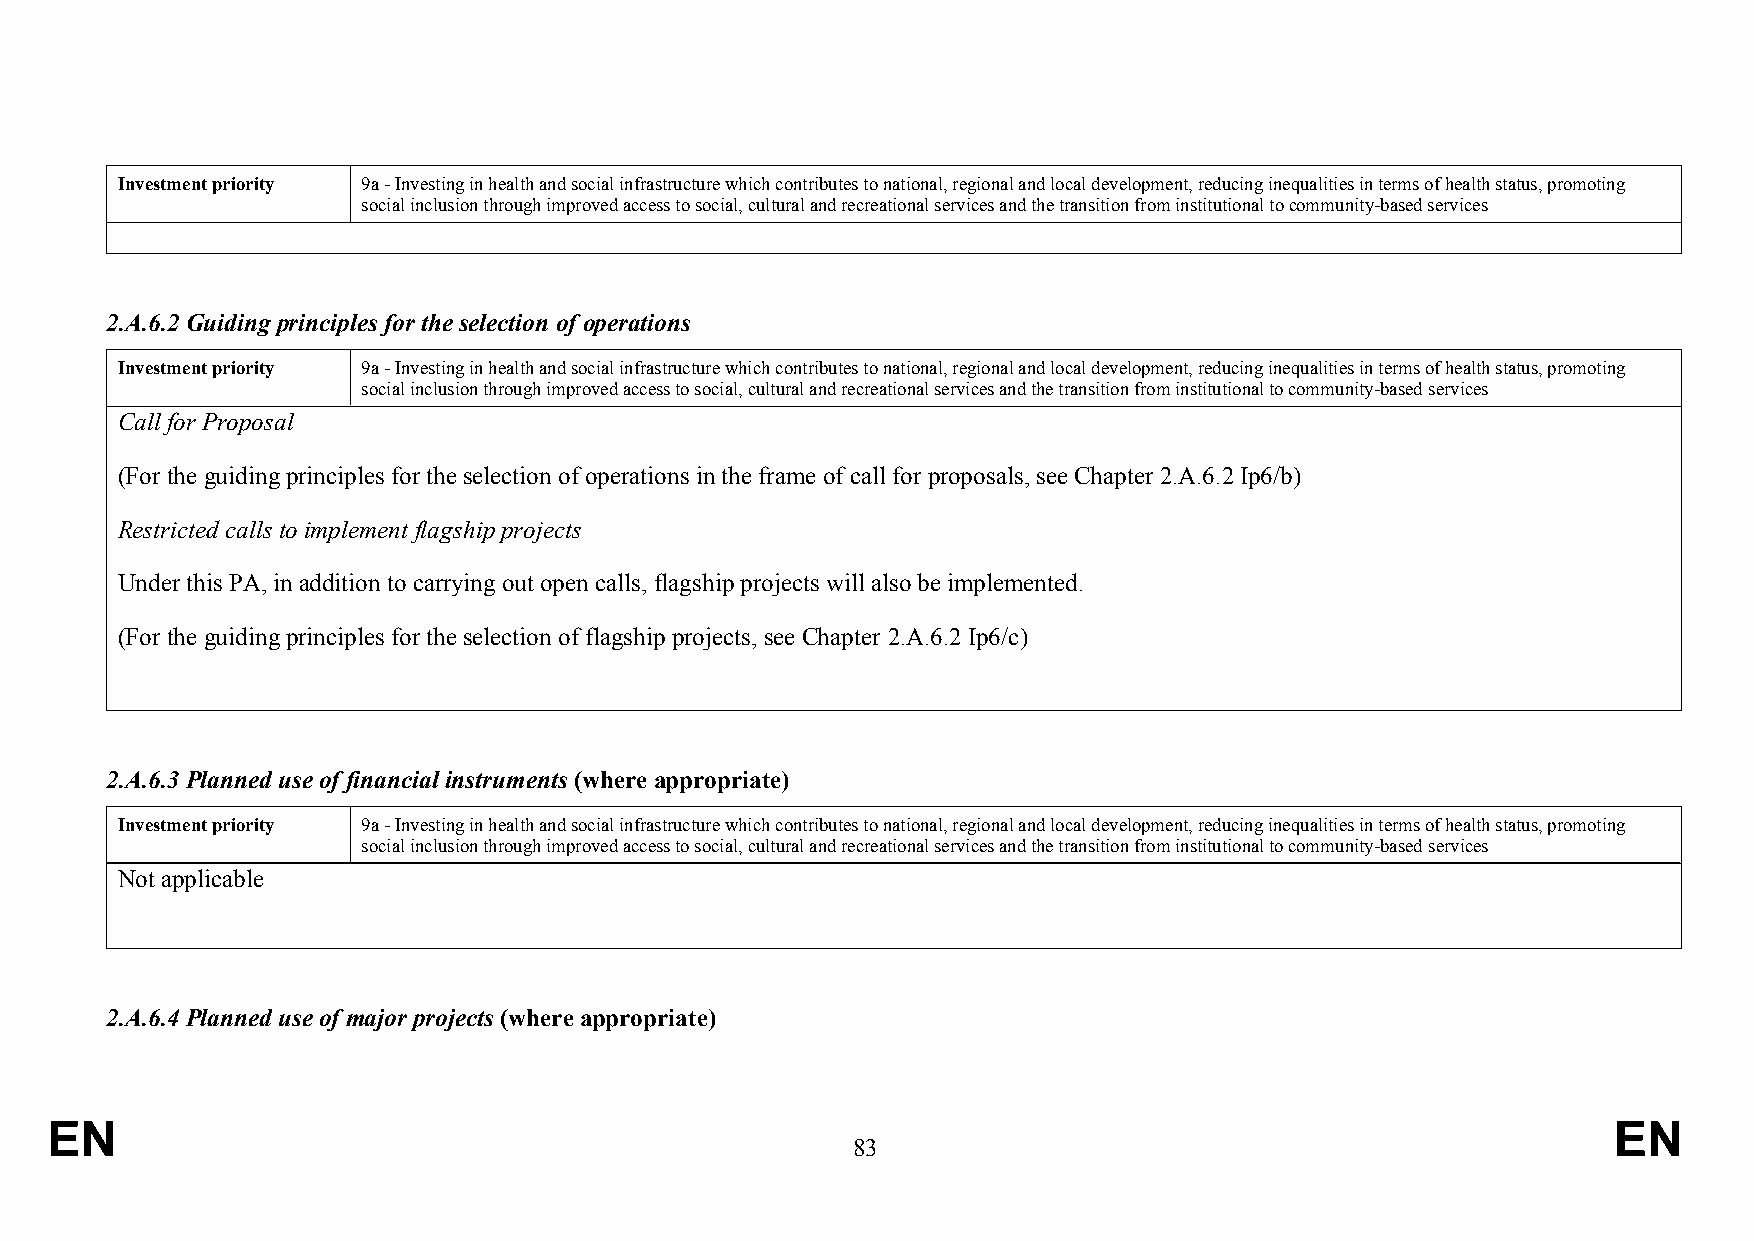
Investment priority 9a - Investing in health and social infrastructure which contributes to national, regional and local development, reducing inequalities in terms of health status, promoting
 social inclusion through improved access to social, cultural and recreational services and the transition from institutional to community-based services
 2.A.6.2 Guiding principles for the selection of operations
 Investment priority 9a - Investing in health and social infrastructure which contributes to national, regional and local development, reducing inequalities in terms of health status, promoting
 social inclusion through improved access to social, cultural and recreational services and the transition from institutional to community-based services
 Call for Proposal
 (For the guiding principles for the selection of operations in the frame of call for proposals, see Chapter 2.A.6.2 Ip6/b)
 Restricted calls to implement flagship projects
 Under this PA, in addition to carrying out open calls, flagship projects will also be implemented.
 (For the guiding principles for the selection of flagship projects, see Chapter 2.A.6.2 Ip6/c)
 2.A.6.3 Planned use of financial instruments (where appropriate)
 Investment priority 9a - Investing in health and social infrastructure which contributes to national, regional and local development, reducing inequalities in terms of health status, promoting
 social inclusion through improved access to social, cultural and recreational services and the transition from institutional to community-based services
 Not applicable
 2.A.6.4 Planned use of major projects (where appropriate)
 EN                                                                                                      EN
 83